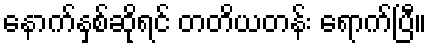
နောက်နှစ်ဆိုရင် တတိယတန်း ရောက်ပြီ။